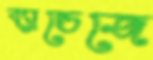
ব্যান্ডেজে